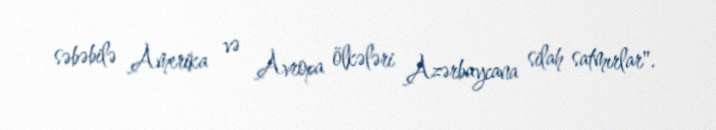
səbəbilə Amerika və Avropa ölkələri Azərbaycana silah satmırlar".